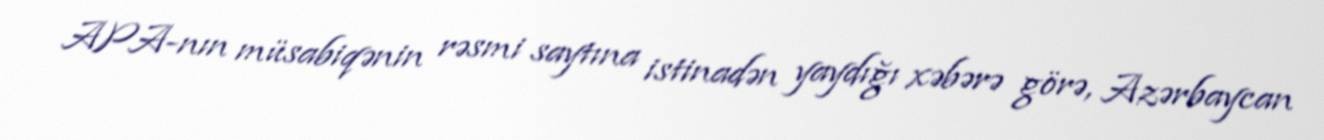
APA-nın müsabiqənin rəsmi saytına istinadən yaydığı xəbərə görə, Azərbaycan